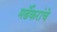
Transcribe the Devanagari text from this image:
मर्ढेकरांचे